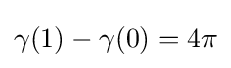
\gamma (1)-\gamma (0)=4\pi